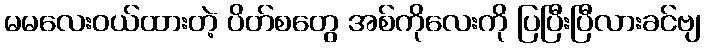
မမလေးဝယ်ထားတဲ့ ပိတ်စတွေ အစ်ကိုလေးကို ပြပြီးပြီလားခင်ဗျ